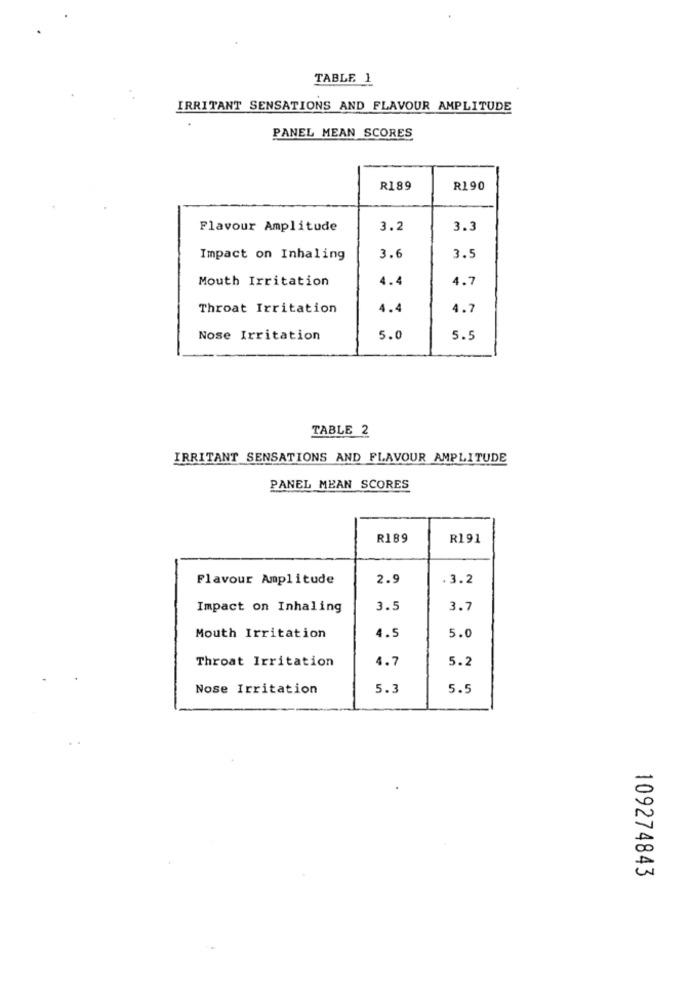
TABLE 1
IRRITANT SENSATIONS AND FLAVOUR AMPLITUDE
PANEL MEAN SCORES
R189
R190
Flavour Amplitude
3.2
3.3
Impact on Inhaling
3.6
3.5
Mouth Irritation
4.4
4.7
Throat Irritation
4.4
4.7
Nose Irritation
5.0
5.5
TABLE 2
IRRITANT SENSATIONS AND FLAVOUR AMPLITUDE
PANEL MEAN SCORES
R189
R191
Flavour Amplitude
2.9
.3.2
Impact on Inhaling
3.5
3.7
Mouth Irritation
4.5
5.0
Throat Irritation
4.7
5.2
Nose Irritation
5.3
5.5
109274843